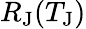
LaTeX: R_{\mathrm{J}}(T_{\mathrm{J}})